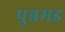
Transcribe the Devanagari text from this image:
पुन्नमड